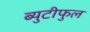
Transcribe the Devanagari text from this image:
ब्युटीफुल